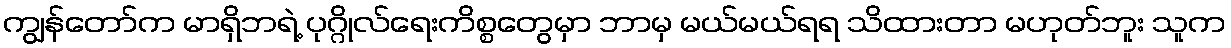
ကျွန်တော်က မာရှိဘရဲ့ ပုဂ္ဂိုလ်ရေးကိစ္စတွေမှာ ဘာမှ မယ်မယ်ရရ သိထားတာ မဟုတ်ဘူး သူက